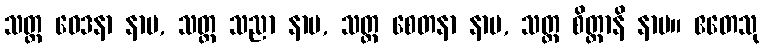
သတ္တ ဝေဒနာ နာမ, သတ္တ သညာ နာမ, သတ္တ စေတနာ နာမ, သတ္တ စိတ္တာနိ နာမ။ ဧတေသု